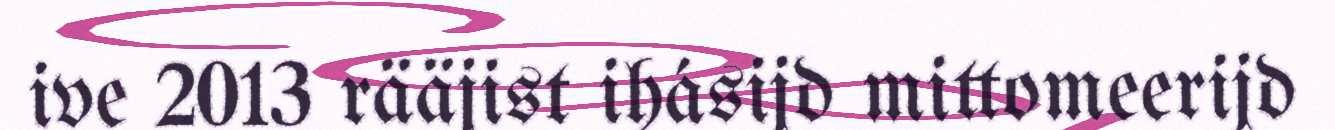
ive 2013 rääjist ihásijd mittomeerijd